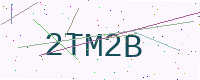
Text: 2TM2B